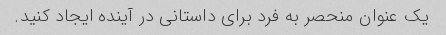
یک عنوان منحصر به فرد برای داستانی در آینده ایجاد کنید.